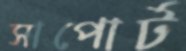
সাপোর্ট